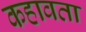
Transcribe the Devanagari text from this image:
कहावता